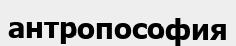
антропософия